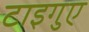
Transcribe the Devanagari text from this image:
टाइगुए